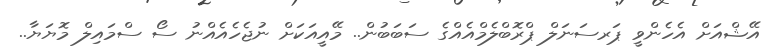
އޭޝްއަށް އެހެންވީ ޕަރސަނަލް ޕްރޮބްލެމްއެއްގެ ސަބަބުން.. މޭއީއަކަށް ނުޖެހެއެއްނު ސޯ ސްމައިލް މޮޔަޔާ..